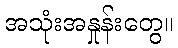
အသုံးအနှုန်းတွေ။